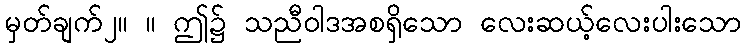
မှတ်ချက်၂။ ။ ဤ၌ သညီဝါဒအစရှိသော လေးဆယ့်လေးပါးသော